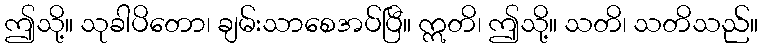
ဤသို့။ သုခါပိတော၊ ချမ်းသာစေအပ်ပြီ။ ဣတိ၊ ဤသို့။ သတိ၊ သတိသည်။